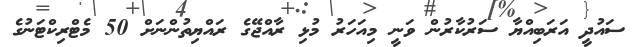
ސައުދީ އަރަބިއްޔާ ސަރުކާރުން ވަނީ މިއަހަރު މުޅި ރާއްޖޭގެ ރައްޔިތުންނަށް 50 މެޓްރިކްޓަނުގެ